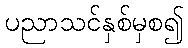
ပညာသင်နှစ်မှစ၍